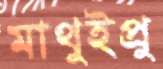
মাথুইপ্রু